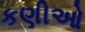
કણીઓ